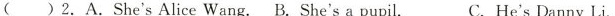
()2. A.She'sAlice Wang.B.She's a pupil. C. He's Danny Li.